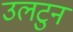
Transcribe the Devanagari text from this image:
उलटुन